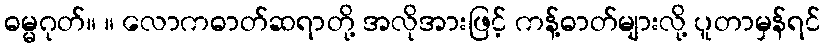
ဓမ္မဂုတ်။ ။ လောကဓာတ်ဆရာတို့ အလိုအားဖြင့် ကန့်ဓာတ်များလို့ ပူတာမှန်ရင်